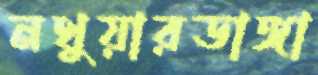
নথুয়ারডাঙ্গা